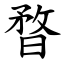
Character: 暓